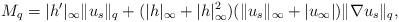
LaTeX: \begin{align*}M_q=|h^\prime|_\infty \|u_s\|_q +(|h|_\infty+|h|_\infty^2)(\|u_s\|_\infty+|u_\infty|)\|\nabla u_s\|_q,\end{align*}